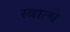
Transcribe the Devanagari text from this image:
स्त्रात्चे